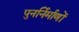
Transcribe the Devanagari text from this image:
पुनर्निर्माणों